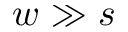
w \gg s